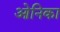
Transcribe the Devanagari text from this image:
ओनिका